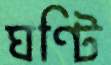
ঘণ্টি